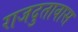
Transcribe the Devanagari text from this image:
राजदुतावास